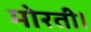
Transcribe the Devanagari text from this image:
मोरती।